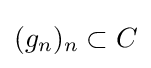
(g_{n})_{n}\subset C